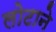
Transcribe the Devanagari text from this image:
लोटाने